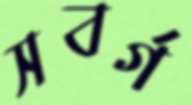
সবর্গ